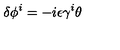
\delta \phi ^ { i } = - i \epsilon \gamma ^ { i } \theta